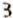
3